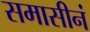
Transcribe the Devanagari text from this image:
समासीनं